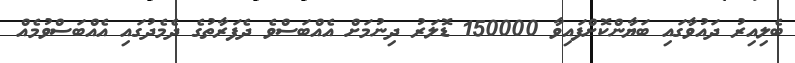
ބެލިއިރު ދައުވާގައި ބަޔާންކޮށްފައިވާ 150000 ޑޮލަރު ދިނުމަށް އެއްބަސްވެ ދެފަރާތުގެ ދެމެދުގައި އެއްބަސްވުމެއް